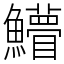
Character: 䲛